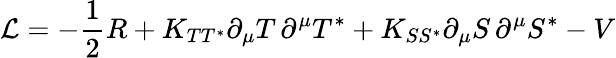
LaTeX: {\cal{L}}=-\frac{1}{2}R+K_{TT^{*}}\partial_{\mu}T\, \partial^{\mu}T^{*}+K_{SS^{*}}\partial_{\mu}S\, \partial^{\mu}S^{*}-V